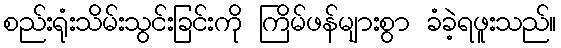
စည်းရုံးသိမ်းသွင်းခြင်းကို ကြိမ်ဖန်များစွာ ခံခဲ့ရဖူးသည်။